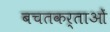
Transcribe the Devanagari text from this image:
बचतकर्ताओं